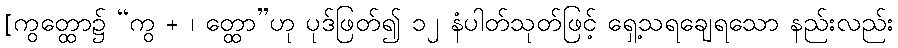
[ကွတ္ထော၌ “ကွ + ၊ တ္ထော”ဟု ပုဒ်ဖြတ်၍ ၁၂ နံပါတ်သုတ်ဖြင့် ရှေ့သရချေရသော နည်းလည်း